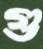
গু